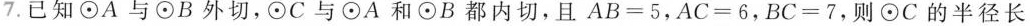
7.已知\odot A与\odot B外切，\odot C与\odot A和\odot B都内切，且$$A B = 5 $$，$$A C = 6 $$，$$B C = 7$$，则\odot C的半径长